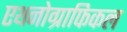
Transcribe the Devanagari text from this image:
एथनोग्राफिकल